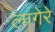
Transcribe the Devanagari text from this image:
लागेरे